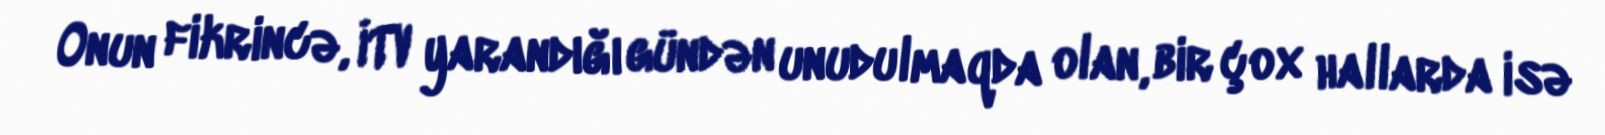
Onun fikrincə, İTV yarandığı gündən unudulmaqda olan, bir çox hallarda isə